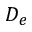
D _ { e }